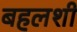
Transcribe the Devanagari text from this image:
बहलशी